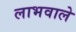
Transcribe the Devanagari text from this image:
लाभवाले